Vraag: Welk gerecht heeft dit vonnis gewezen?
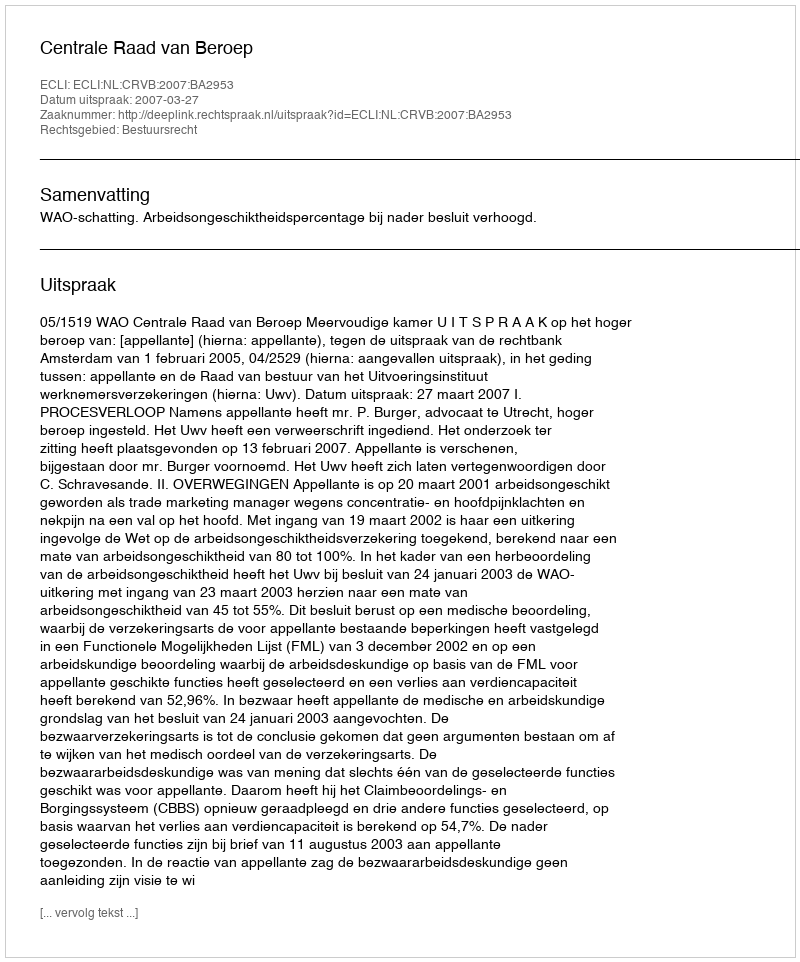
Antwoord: Centrale Raad van Beroep